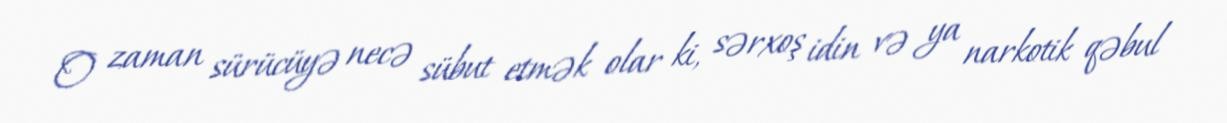
O zaman sürücüyə necə sübut etmək olar ki, sərxoş idin və ya narkotik qəbul